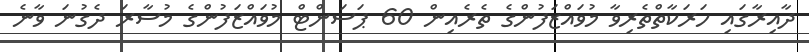
ދާއިރާގައި ހަރަކާތްތެރިވާ މުވައްޒަފުންގެ ތެރެއިން 60 ޕަސަންޓް މުވައްޒަފުންގެ މުސާރަ ދެގުނަ ވާނެ